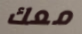
معك